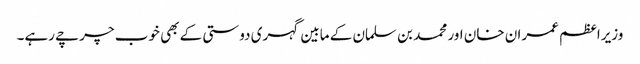
وزیراعظم عمران خان اور محمد بن سلمان کے مابین گہری دوستی کے بھی خوب چرچے رہے۔